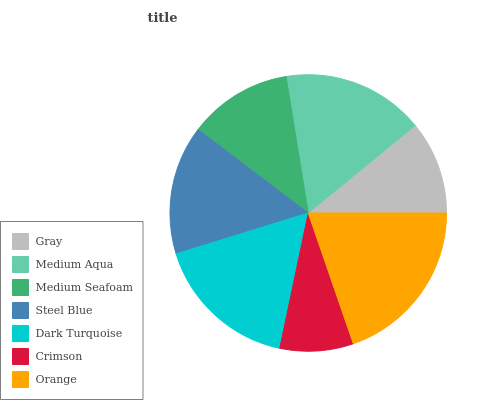
| Gray | Medium Aqua | Medium Seafoam | Steel Blue | Dark Turquoise | Crimson | Orange |
 | --- | --- | --- | --- | --- | --- | --- |
 | 10.9% | 16.7% | 12.1% | 15.1% | 16.9% | 8.58% | 19.7% |